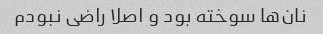
نان‌ها سوخته بود و اصلا راضی نبودم